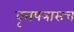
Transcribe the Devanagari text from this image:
वृत्तपत्रासच